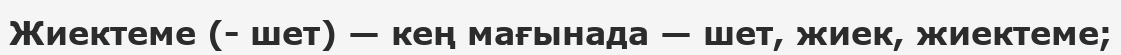
Жиектеме (- шет) — кең мағынада — шет, жиек, жиектеме;